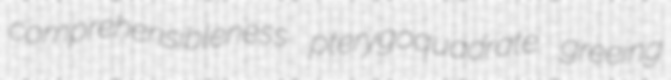
comprehensibleness pterygoquadrate greeing